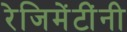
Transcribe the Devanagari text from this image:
रेजिमेंटींनी